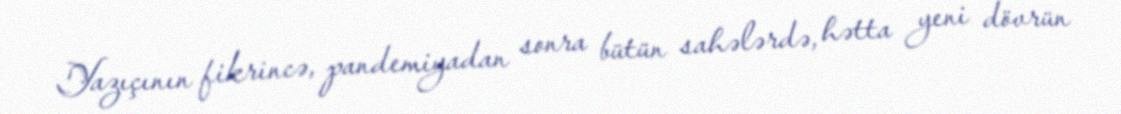
Yazıçının fikrincə, pandemiyadan sonra bütün sahələrdə, hətta yeni dövrün